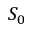
S _ { 0 }